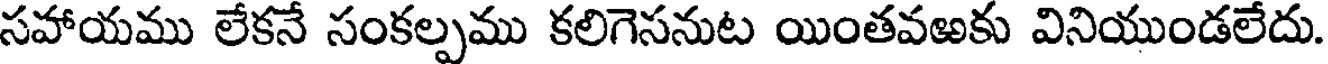
సహాయము లేకనే సంకల్పము కలిగెసనుట యింతవఱకు వినియుండలేదు.